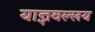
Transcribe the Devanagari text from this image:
याज्ञवल्लय